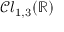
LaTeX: { \mathcal { C l } } _ { 1 , 3 } ( \mathbb { R } )